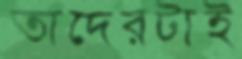
তাদেরটাই